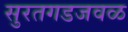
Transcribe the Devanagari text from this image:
सुरतगडजवळ